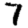
Digit: 7